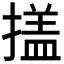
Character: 𭢕